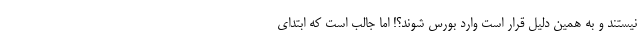
نیستند و به همین دلیل قرار است وارد بورس شوند؟! اما جالب است که ابتدای